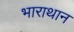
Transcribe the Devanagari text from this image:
भाराथान